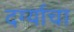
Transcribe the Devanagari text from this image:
दर्ग्याचा